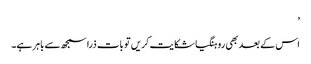
’
اس کے بعد بھی روہنگیا شکایت کریں تو بات ذرا سمجھ سے باہر ہے۔